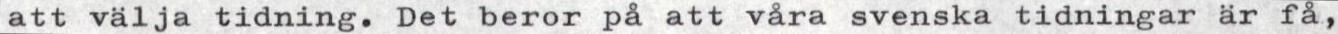
att välja tidning. Det beror på att våra svenska tidningar är få,